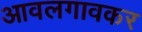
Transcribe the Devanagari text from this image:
आवलगावकर